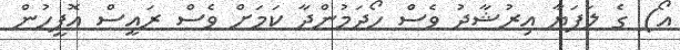
އޯ) ގެ ލަފަޔާ އިރުޝާދު ވެސް ހޯދަމުންދާ ކަމަށް ވެސް ރައީސް އޮފީހުން